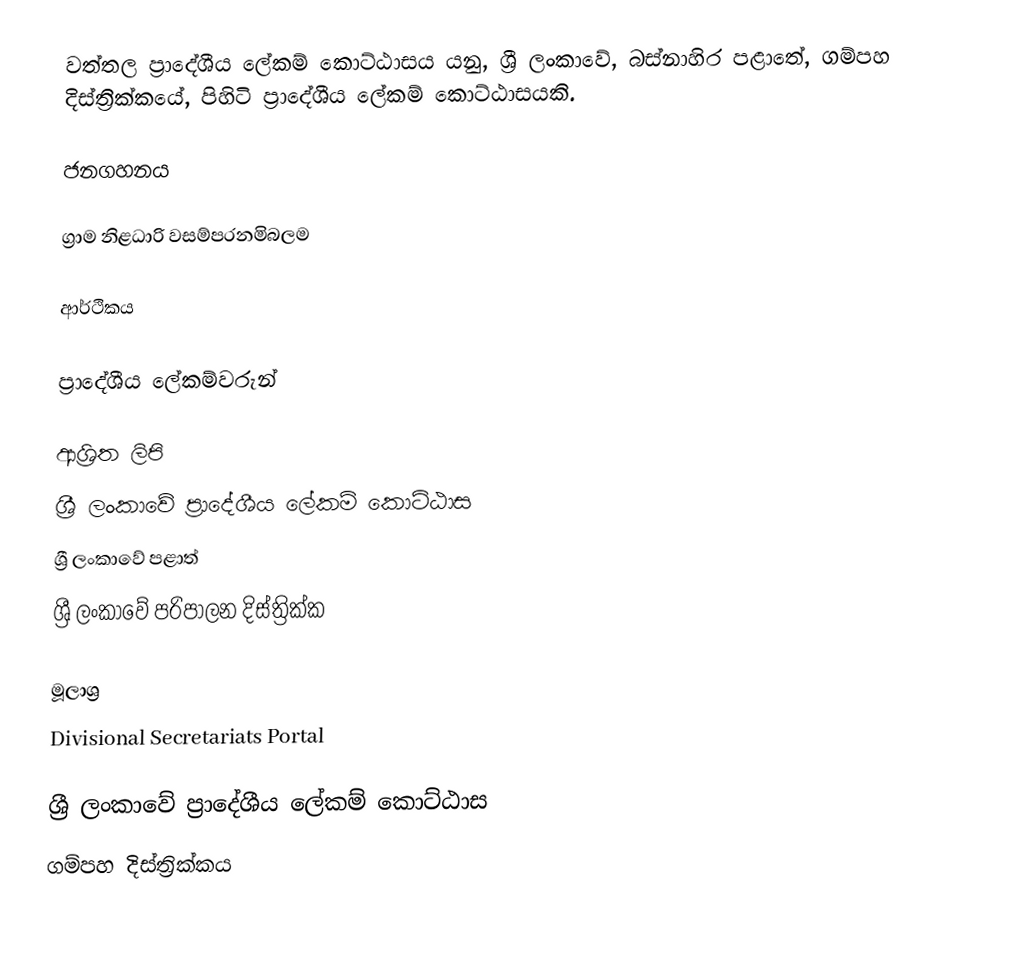
වත්තල ප්‍රාදේශීය ලේකම් කොට්ඨාසය යනු,  ශ්‍රී ලංකාවේ, බස්නාහිර පළාතේ,   ගම්පහ දිස්ත්‍රික්කයේ, පිහිටි ප්‍රාදේශීය ලේකම් කොට්ඨාසයකි.

ජනගහනය

ග්‍රාම නිළධාරි වසම්පරනමිබලම

ආර්ථිකය

ප්‍රාදේශීය ලේකම්වරුන්

ආශ්‍රිත ලිපි
ශ්‍රී ලංකාවේ ප්‍රාදේශීය ලේකම් කොට්ඨාස
ශ්‍රී ලංකාවේ පළාත්
ශ්‍රී ලංකාවේ පරිපාලන දිස්ත්‍රික්ක

මූලාශ්‍ර
 Divisional Secretariats Portal

ශ්‍රී ලංකාවේ ප්‍රාදේශීය ලේකම් කොට්ඨාස
ගම්පහ දිස්ත්‍රික්කය